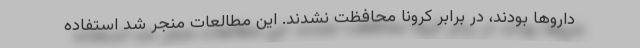
داروها بودند، در برابر کرونا محافظت نشدند. این مطالعات منجر شد استفاده